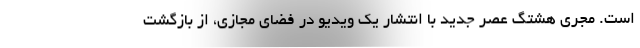
است. مجری هشتگ عصر جدید با انتشار یک ویدیو در فضای مجازی، از بازگشت